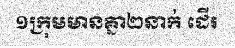
១ក្រុមមានគ្នា២នាក់ ដើរ